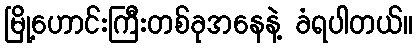
မြို့ဟောင်းကြီးတစ်ခုအနေနဲ့ ခံရပါတယ်။